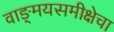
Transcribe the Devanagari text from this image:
वाङ्‌मयसमीक्षेचा